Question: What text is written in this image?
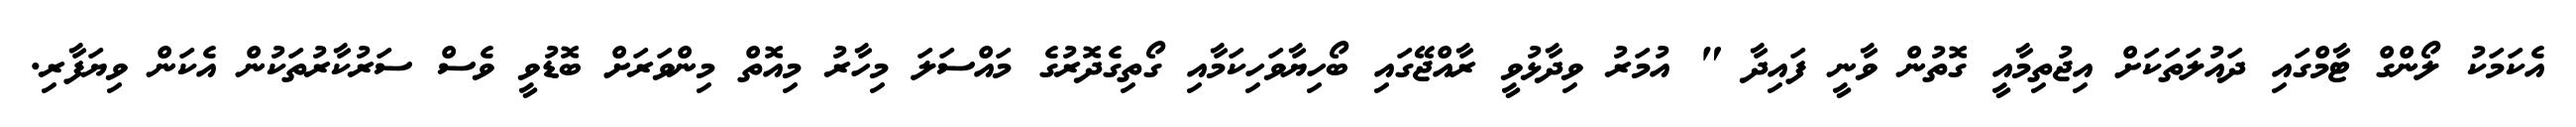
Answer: އެކަމަކު ލޯންގް ޓާމްގައި ދައުލަތަކަށް އިޖުތިމާއީ ގޮތުން ވާނީ ފައިދާ " އުމަރު ވިދާޅުވީ ރާއްޖޭގައި ބޯހިޔާވަހިކަމާއި ގޯތިގެދޮރުގެ މައްސަލަ މިހާރު މިއޮތް މިންވަރަށް ބޮޑުވީ ވެސް ސަރުކާރުތަކުން އެކަން ވިޔަފާރި.